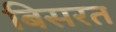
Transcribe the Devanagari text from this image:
बिसरत